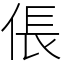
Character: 倀